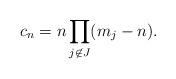
\begin{align*} c_n = n \prod_{j \not\in J} (m_j-n). \end{align*}